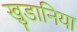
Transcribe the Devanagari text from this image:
खुडानिया